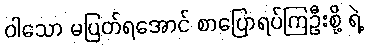
ဝါသော မပြတ်ရအောင် စာပြောရပ်ကြဦးစို့ ရဲ့